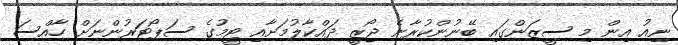
ނިއު އިން މި ސީޒަންގައި ބޭނުންކުރާނެ ޖޯޒީ ދައްކާލުމަށާއި ޓީމުގެ ސަޕޯޓަރުންނަށް ހާއްސަ